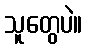
သူတွေပဲ။